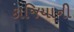
કાજિયાની